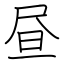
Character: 昼